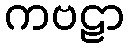
ကဗဠာ